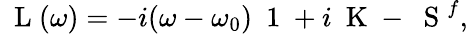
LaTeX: \mathrm{~\mathbf~L~}(\omega)=-i(\omega-\omega_{0})\mathrm{~\mathbf~1~}+i\mathrm{~\mathbf~K~}-\mathrm{~\mathbf~S~}^{f},